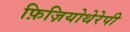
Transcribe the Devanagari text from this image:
फ़िज़ियोथेरेपी